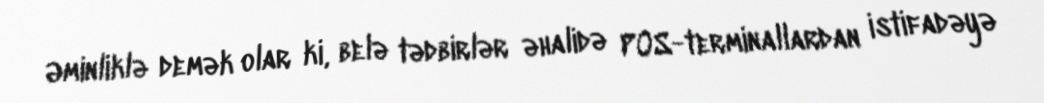
Əminliklə demək olar ki, belə tədbirlər əhalidə POS-terminallardan istifadəyə